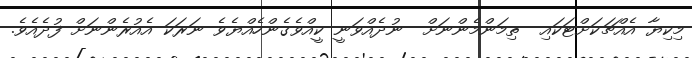
މިކިޔާ އެއްޗަކަށްޓަކައި  ތިމަންމެންނަށް  ނުދެއްވަނީ ކީއްވެގެންހެއްޔެވެ ނަރަކަ އެއުރެންނަށް ފުދެއެވެ.